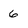
Character: 6